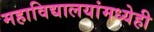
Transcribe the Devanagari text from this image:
महाविद्यालयांमध्येही